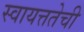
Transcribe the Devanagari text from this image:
स्वायत्ततेची